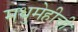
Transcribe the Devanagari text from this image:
मधुमेहीची